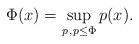
LaTeX: \begin{align*}\Phi(x) = \sup_{p\, , p \leq \Phi} p(x).\end{align*}